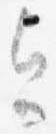
今